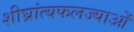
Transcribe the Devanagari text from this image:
शीघ्रांत्यफलज्याओं